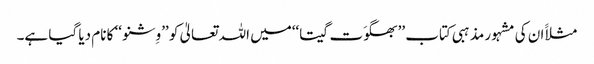
مثلاََ ان کی مشہور مذہبی کتاب ’’بھگوَت گیتا‘‘میں اللہ تعالیٰ کو ’’وِشنو ‘‘ کا نام دیا گیا ہے۔